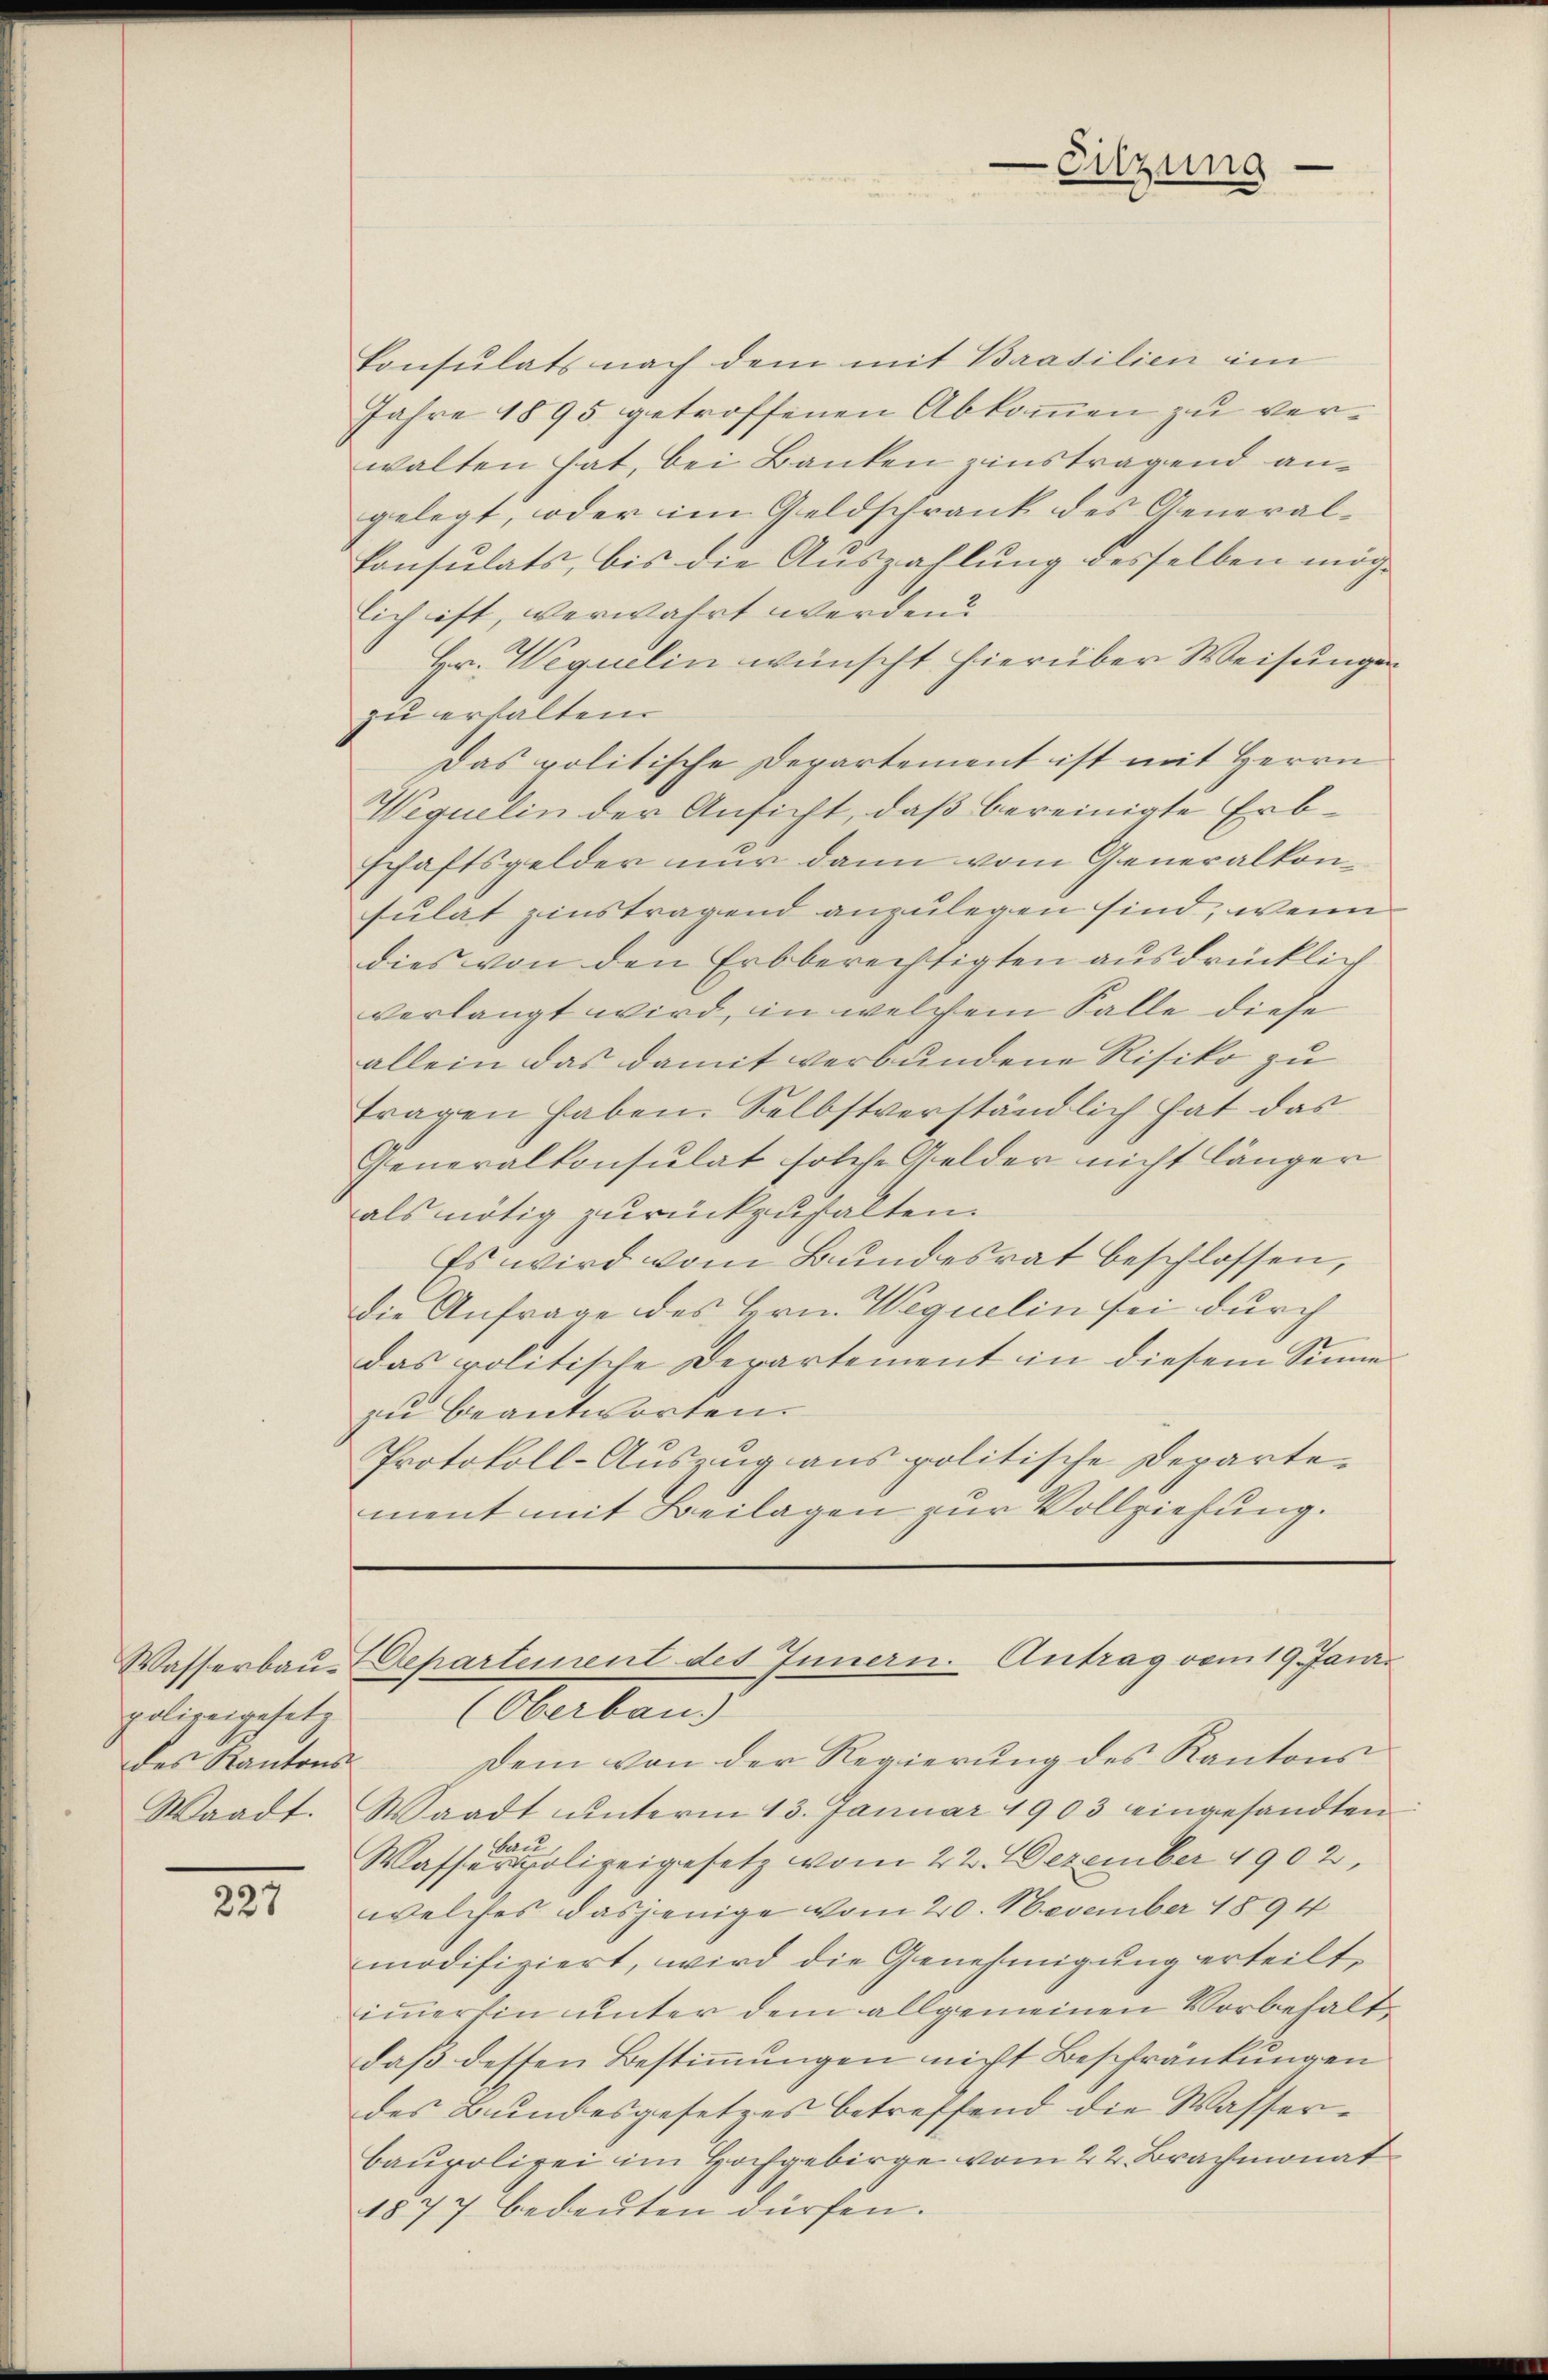
Wasserbaupolizeigesetz
des Kantons-

227

konsulats nach dem mit Brasilien im
Jahre 1895 getroffenen Abkommen zu verwalten hat, bei Banken zinstragend angelegt, oder im Geldschrank des General-
Consulats, bis die Auszahlung desselben mög-
lich ist, verwahrt werden?
Hr. Wequelin wünscht hierüber Weisungen
zu erhalten.
Das politische Departement ist mit Herrn
Wequelin der Ansicht, daß bereinigte Erbschaftsgelder nur dann vom Generalkonsulat zinstragend anzulegen sind, wenn
dies von den Erbberechtigten ausdrücklich
verlangt wird, in welchem Falle diese
allein das damit verbundene Risiko zu
tragen haben. Selbstverständlich hat das
Generalkonsulat solche Gelder nicht länger
als nötig zurückzuhalten.
Es wird vom Bundesrat beschlossen,
die Anfrage des Hrn. Weguelin sei durch
das politische Departement in diesem Sinne
zu beantworten.
Protokoll-Auszug aus politische Departement mit Beilagen zur Vollziehung.

-Sitzung.

Departement des Innern. Antrag vom 19. Jani
Oberband

Dem von der Regierung des Kantons
Waadt. Waadt ŭnterm 13. Januar 1903 eingesandten
Sau
Wasserpolizeigesetz vom 22. Dezember 1902.
welches dasjenige vom 20. November 1894
modifiziert, wird die Genehmigung erteilt,
immerhin unter dem allgemeinen Vorbehaltdaß dessen Bestimmungen nicht Beschränkungen
des Bundesgesetzes betreffend die Wasserbaupolizei im Hochgebirge vom 22. Brachmonat
1877 bedeuten dürfen.